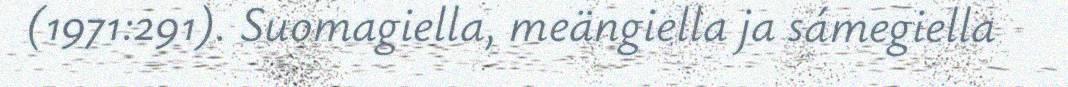
(1971:291). Suomagiella, meängiella ja sámegiella